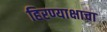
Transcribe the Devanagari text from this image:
हिरण्याक्षाचा